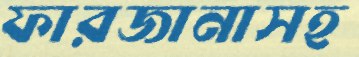
ফারজানাসহ